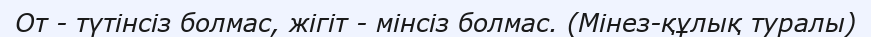
От - түтінсіз болмас, жігіт - мінсіз болмас. (Мінез-құлық туралы)